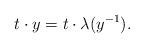
LaTeX: \begin{align*}t \cdot y =t \cdot \lambda(y^{-1}).\end{align*}